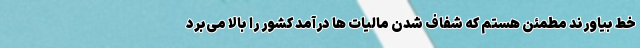
خط بیاورند مطمئن هستم که شفاف شدن مالیات ها درآمد کشور را بالا می‌برد